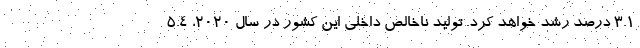
۳.۱ درصد رشد خواهد کرد. تولید ناخالص داخلی این کشور در سال ۲۰۲۰، ۵.۴